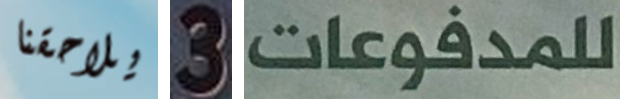
يلاحقنا 3 للمدفوعات